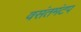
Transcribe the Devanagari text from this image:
वसंतमंटप